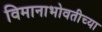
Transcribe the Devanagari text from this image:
विमानाभोवतीच्या